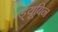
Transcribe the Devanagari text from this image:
ड्यूबिन